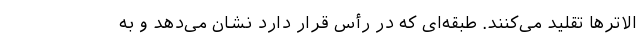
الاترها تقلید می‌کنند. طبقه‌ای که در رأس قرار دارد نشان می‌دهد و به